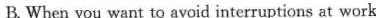
B. When you want to avoid interruptions at work